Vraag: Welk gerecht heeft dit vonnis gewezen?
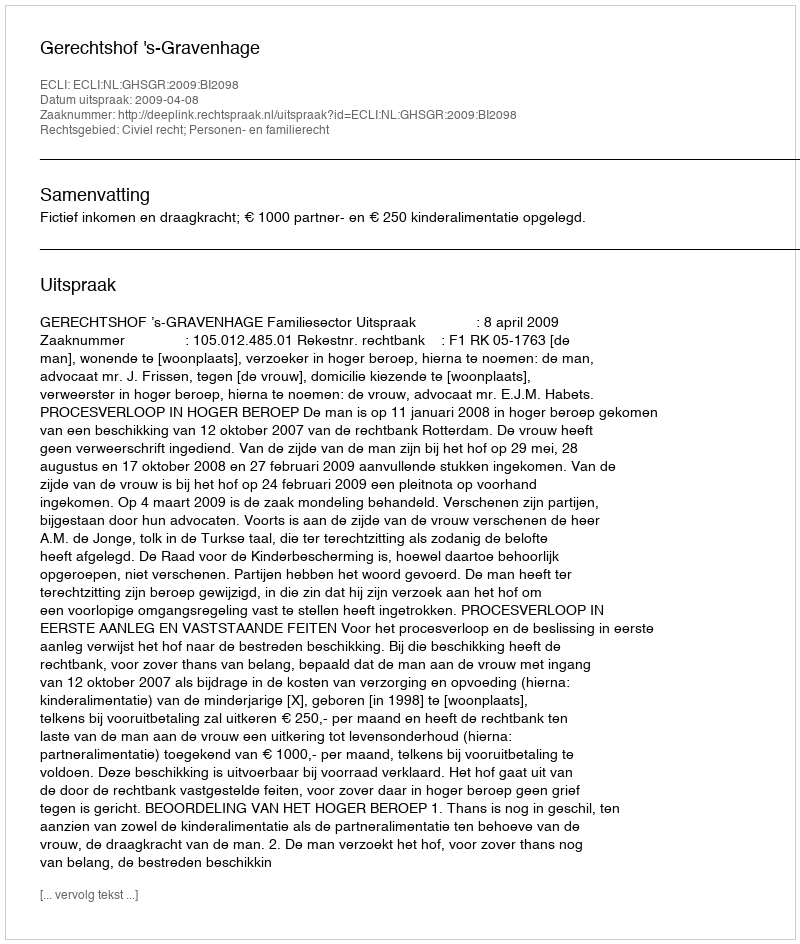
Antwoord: Gerechtshof 's-Gravenhage